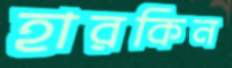
হারকিন